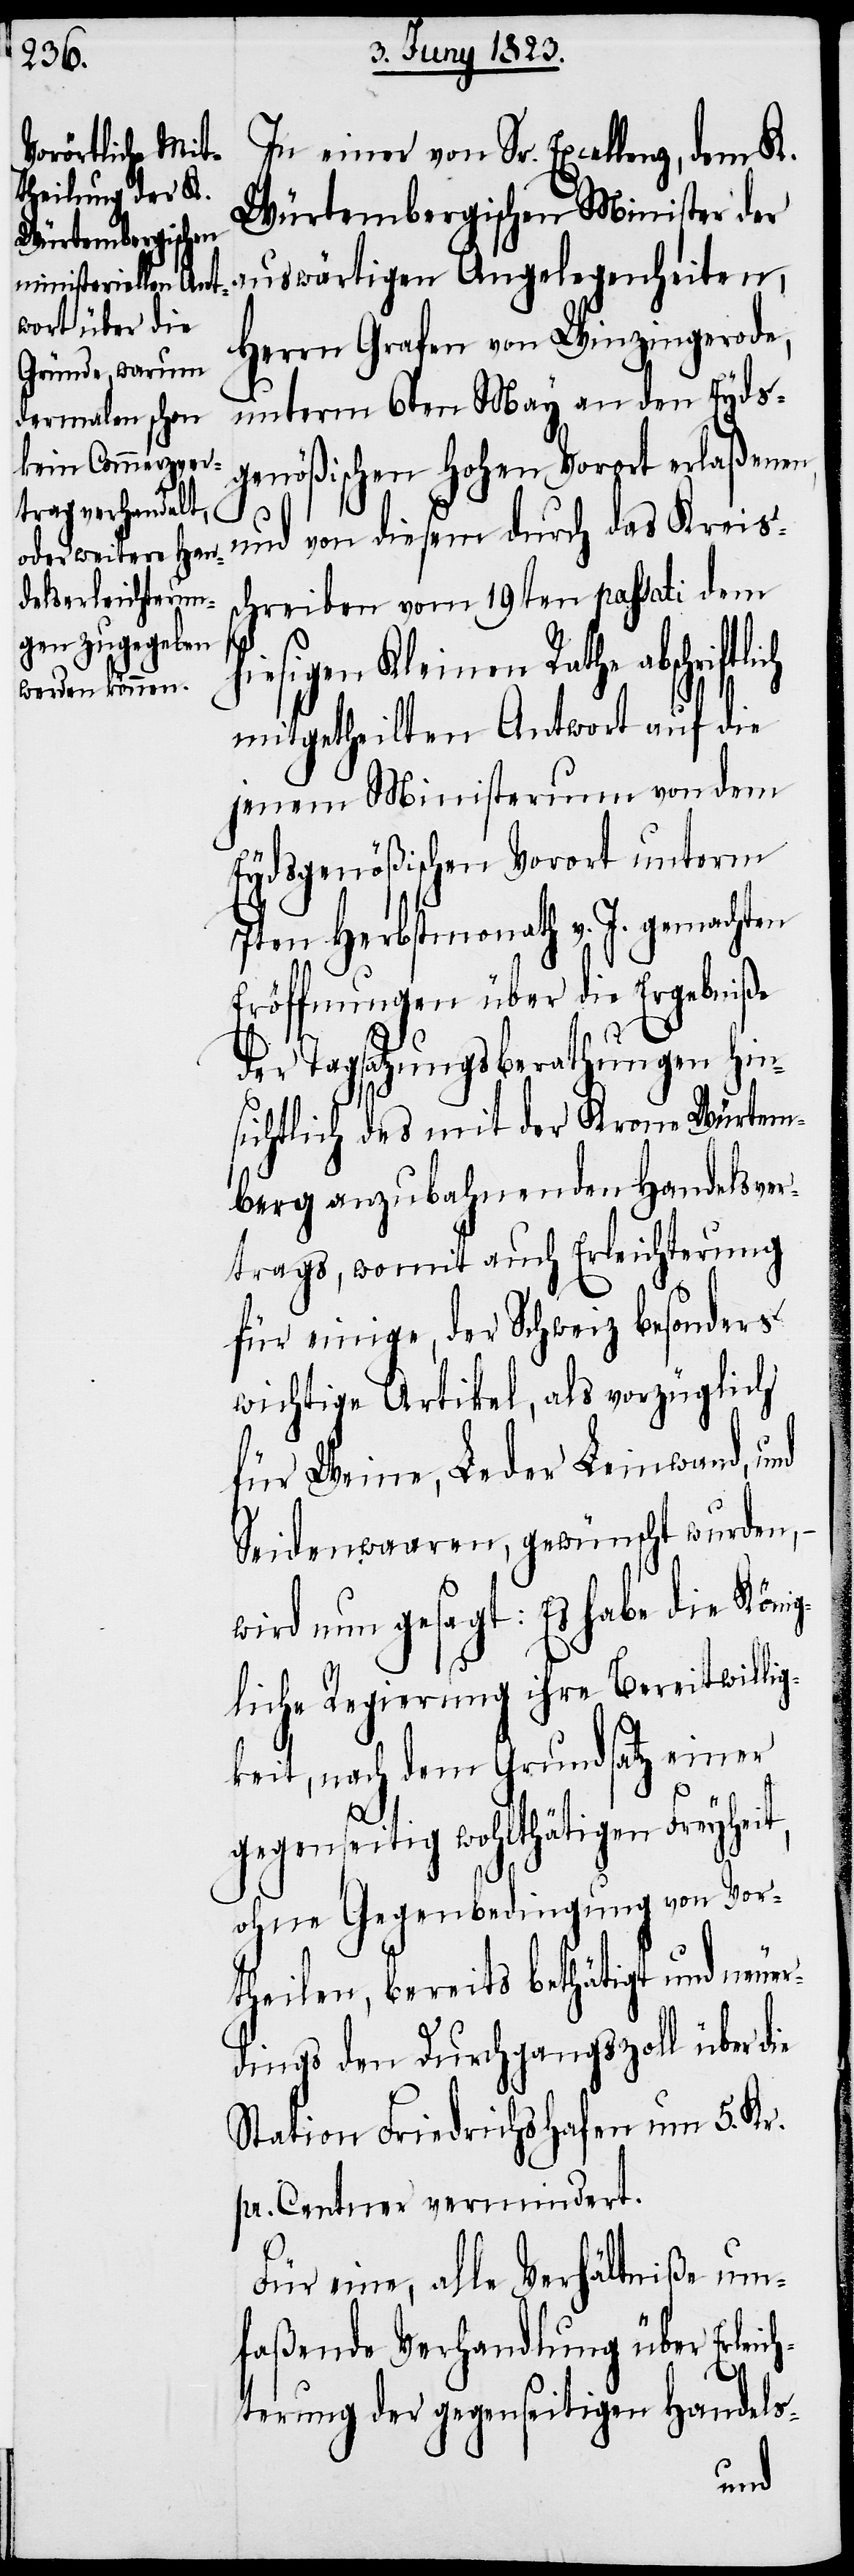
In einer von Sr. Excellenz, dem K.
Würtembergischen Minister der
auswärtigen Angelegenheiten,
Herrn Grafen von Winzingerode,
unterm 6ten May an den Eyds¬
genößischen hohen Vorort erlaßenen,
und von diesem durch das Kreis¬
schreiben vom 19ten passati dem
hiesigen Kleinen Rathe abschriftl¬
mitgetheilten Antwort auf die
jenem Ministerium von dem
Eydsgenößischen Vorort unterm
7ten Herbstmonath v. J. gemachten
Eröffnungen über die Ergebniße
der Tagsatzungsberathungen hin¬
sichtlich des mit der Krone Würtem¬
berg anzubahnenden Handelsver¬
trags, womit auch Erleichterung
für einige, der Schweiz besonders
wichtige Artikel, als vorzüglich
für Weine, Leder[,] Leinwand, und
Seidenwaaren, gewünscht wurden, –
wird nun gesagt: Es habe die Köni¬
gliche Regierung ihre Bereitwillig¬
keit, nach dem Grundsatz einer
ich
gegenseitig wohlthätigen Freyheit,
ohne Gegenbedingung von Vor¬
theilen, bereits bethätigt und neuer¬
dings den Durchgangszoll über die
Station Friedrichshafen um 5. Kr.
pr. Centner vermindert.
Für eine, alle Verhältniße um¬
faßende Verhandlung über Erleic¬
hterung der gegenseitigen Handels-